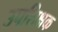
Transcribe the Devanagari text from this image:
उपशिक्षक